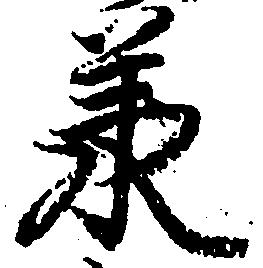
承